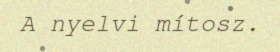
A nyelvi mítosz.